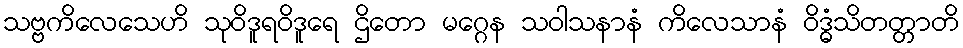
သဗ္ဗကိလေသေဟိ သုဝိဒူရဝိဒူရေ ဌိတော မဂ္ဂေန သဝါသနာနံ ကိလေသာနံ ဝိဒ္ဓံသိတတ္တာတိ